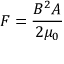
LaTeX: F = { \frac { B ^ { 2 } A } { 2 \mu _ { 0 } } }